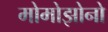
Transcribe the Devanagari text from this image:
मोमोझोनो